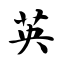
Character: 英